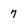
Character: 7